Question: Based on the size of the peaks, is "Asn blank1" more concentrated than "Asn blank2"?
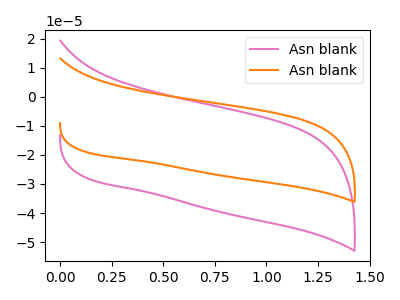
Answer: <think>The pink curve "Asn blank1" has no peaks. The orange curve "Asn blank2" has no peaks.
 Neither "Asn blank2" or "Asn blank1" have any peaks.</think>
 <answer>I cant tell if "Asn blank2" or "Asn blank1" has higher concentration.</answer>
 <eval>mixed_concentration</eval>